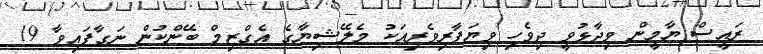
ރައީސް ޔާމީން ވިދާޅުވީ ދިވެހި ވިޔަފާރިވެރިއަކު މެލޭޝިޔާގެ އެގްޒިމް ބޭންކުން ނަގާފައިވާ 19